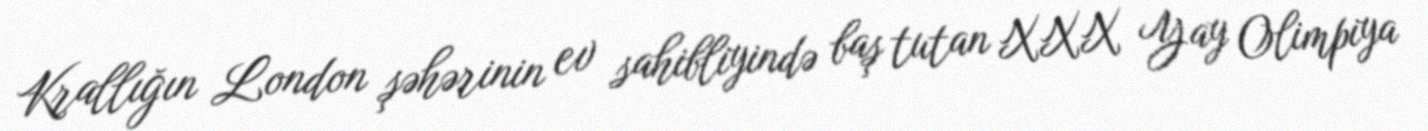
Krallığın London şəhərinin ev sahibliyində baş tutan XXX Yay Olimpiya